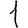
Digit: 1